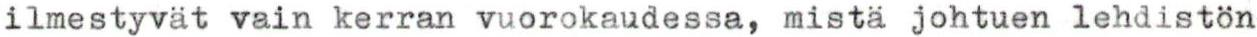
ilmestyvät vain kerran vuorokaudessa, mistä johtuen lehdistön